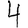
Digit: 4